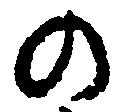
の